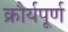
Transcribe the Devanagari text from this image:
क्रौर्यपूर्ण